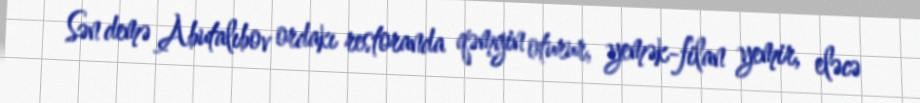
Sən demə Abutalıbov ordakı restoranda qəmgin oturur, yemək-filan yemir, eləcə